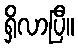
ရှိလာပြီ။